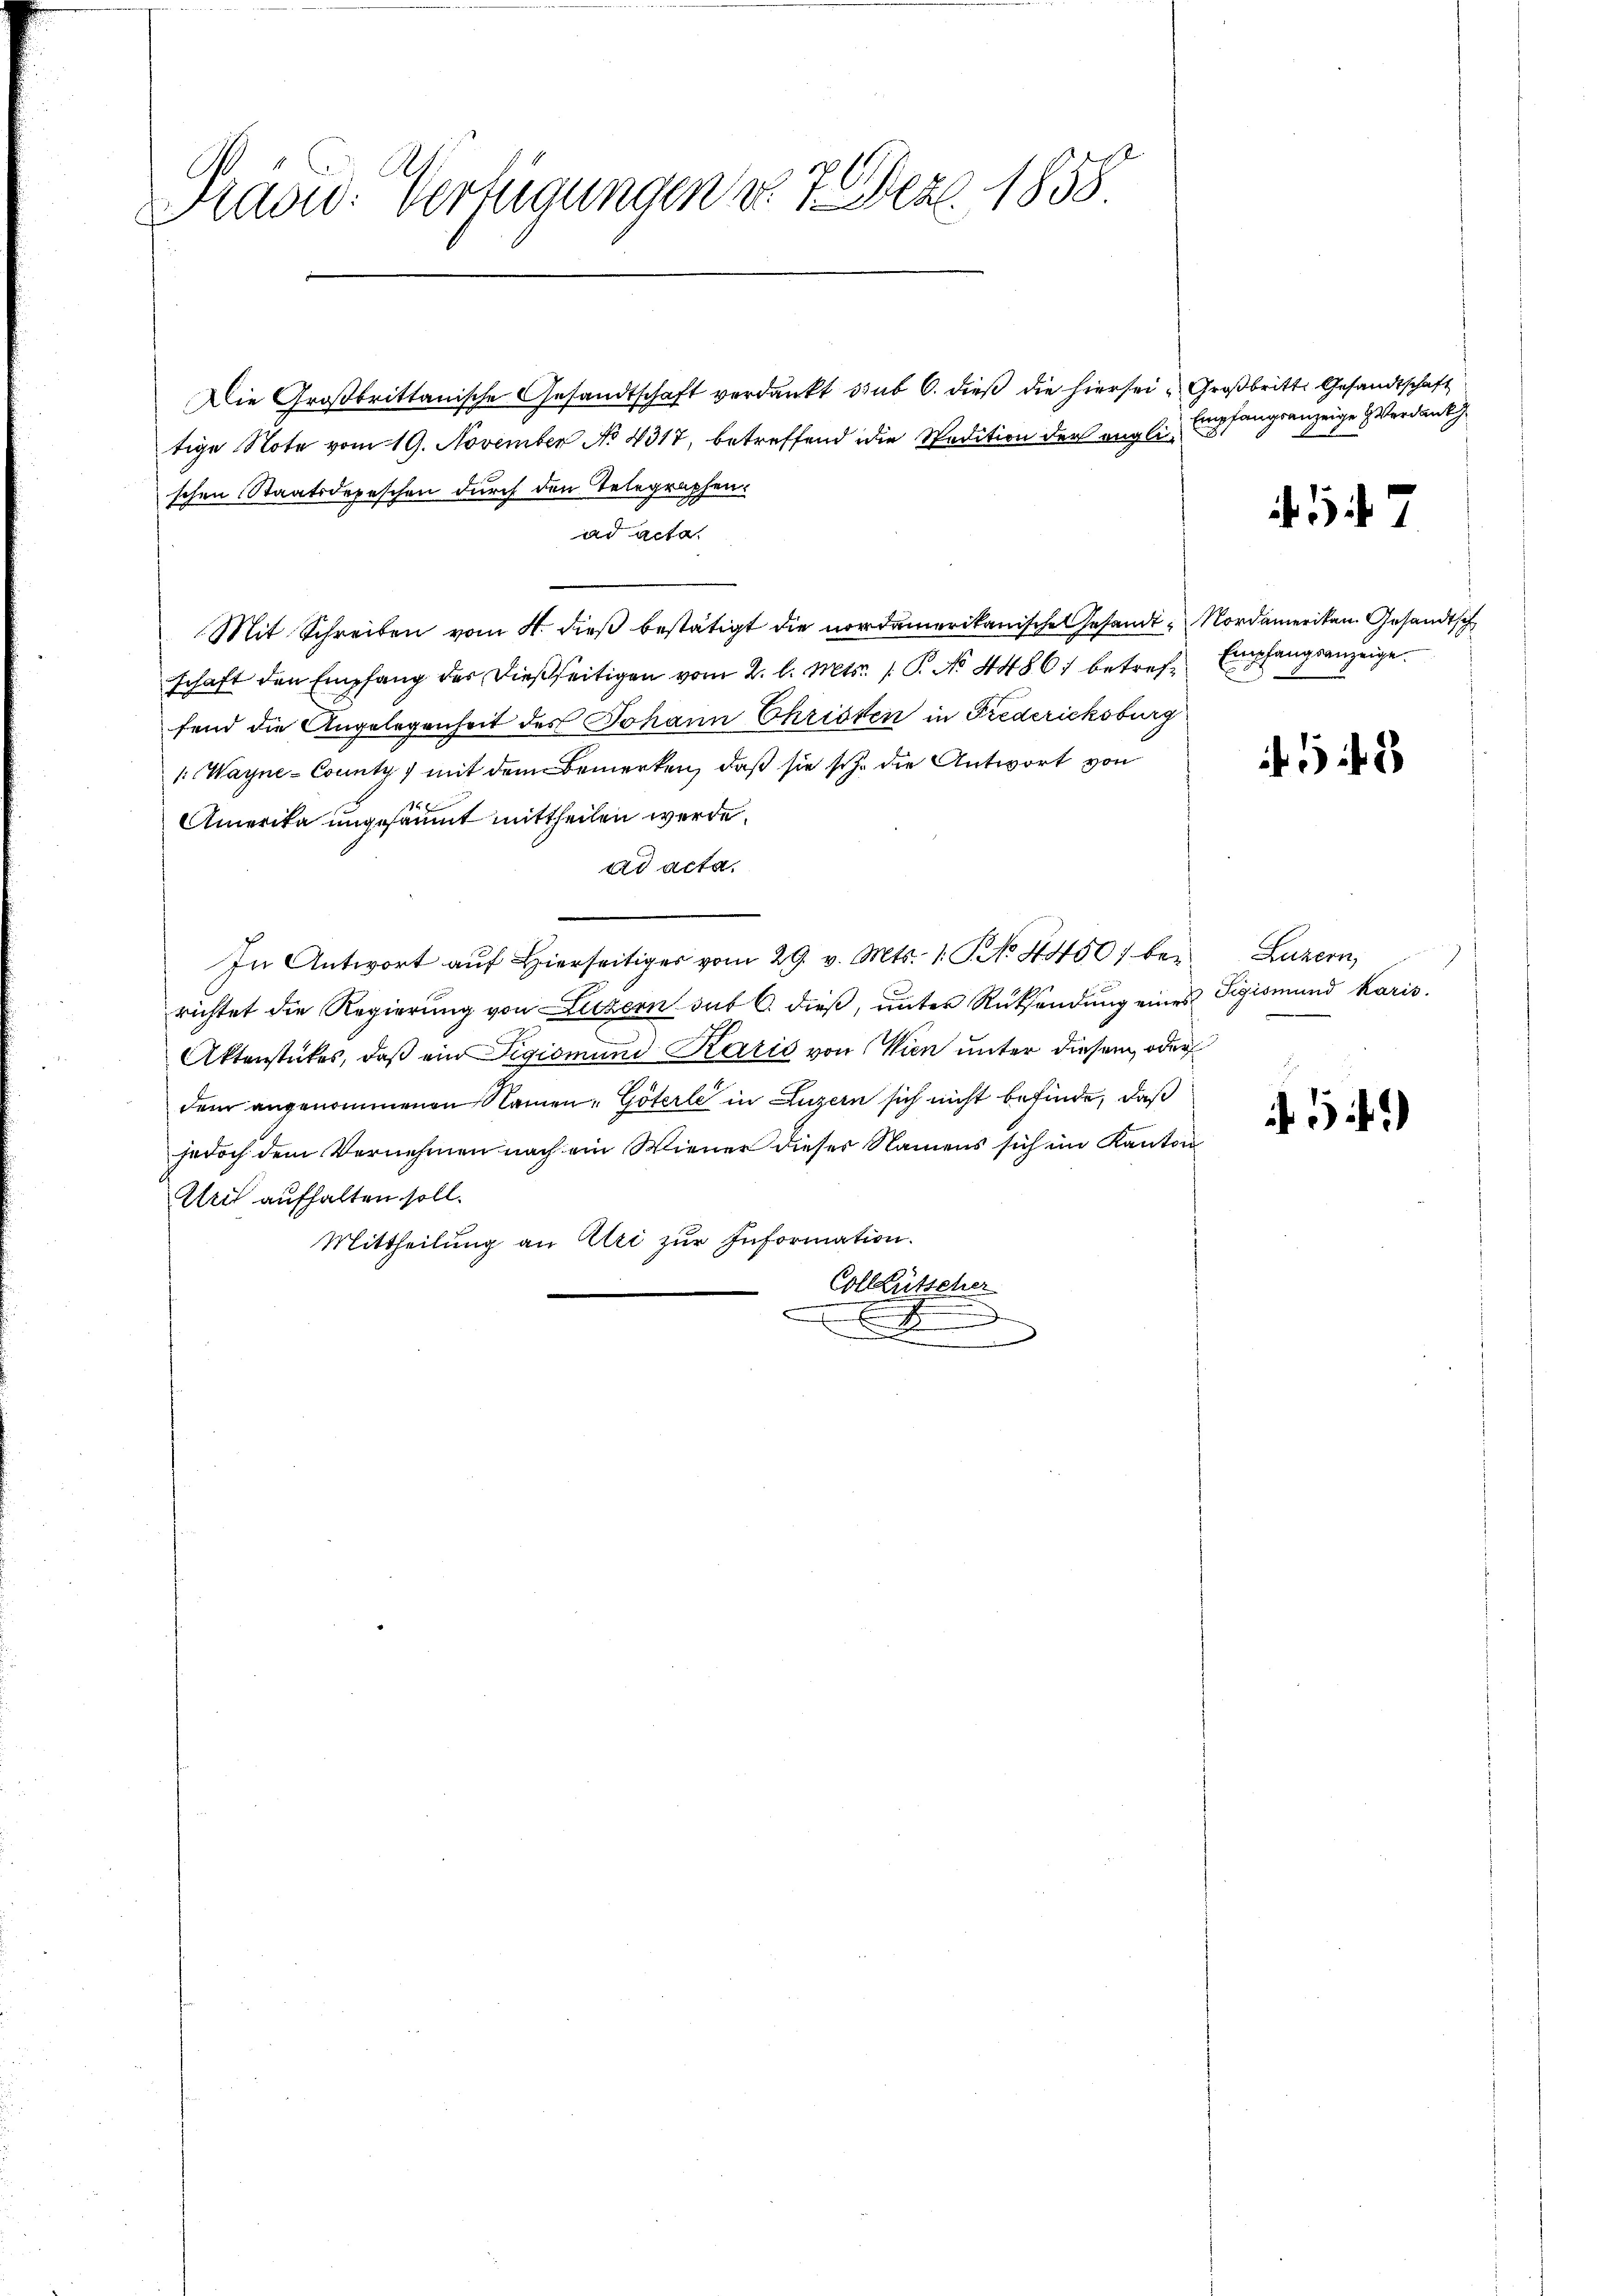
Pradw. Verfügungen v. 7. Dez. 1858

Die Großbrittanische Gesandtschaft verdankt sieb 6. dieß die hiersei Großbritt. Gesandtschaft
tige Note vom 19. November No 4317, betreffend die Medition der englischen Staatsdepeschen durch den Telegraphen.
ad Acta.
Mit Schreiben vom 4. dieß bestätigt die nordamerikanische Gesandt, Nordameriken Gesandtsch
schaft den Empfang der dießseitigen vom 2. l. Mts. 1. P. No. 4486) betref- Empfangsanzeige
fend die Angelegenheit des Johann Christen in Frederichsburg
/: Wayne-County) mit dem Bemerken, daß sie sche die Antwort von
Amerika ungesäumt mittheilen werde.
ad acta.
In Antwort auf Hierseitiger vom 29. v. Mts. 1. No 4450; bei Luzern,
richtet die Regierung von Luzern sit C. dieß, unter Rücksendung eines Sigismund karis.
Aktenstückes, daß ein Sigismund Karić von Wien unter diesem oder
dem angenommenen Namen-Göterle in Luzern sich nicht befinde, daß
jedoch dem Vernehmen nach ein Wiener dieser Namens sich im Kanton
Urit aufhalten soll.
Mittheilung an Uri zur Information.
Collütscher
d

Empfangsanzeige & Verdank

147

2

549)